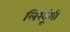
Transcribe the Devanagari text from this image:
लिखूंगी